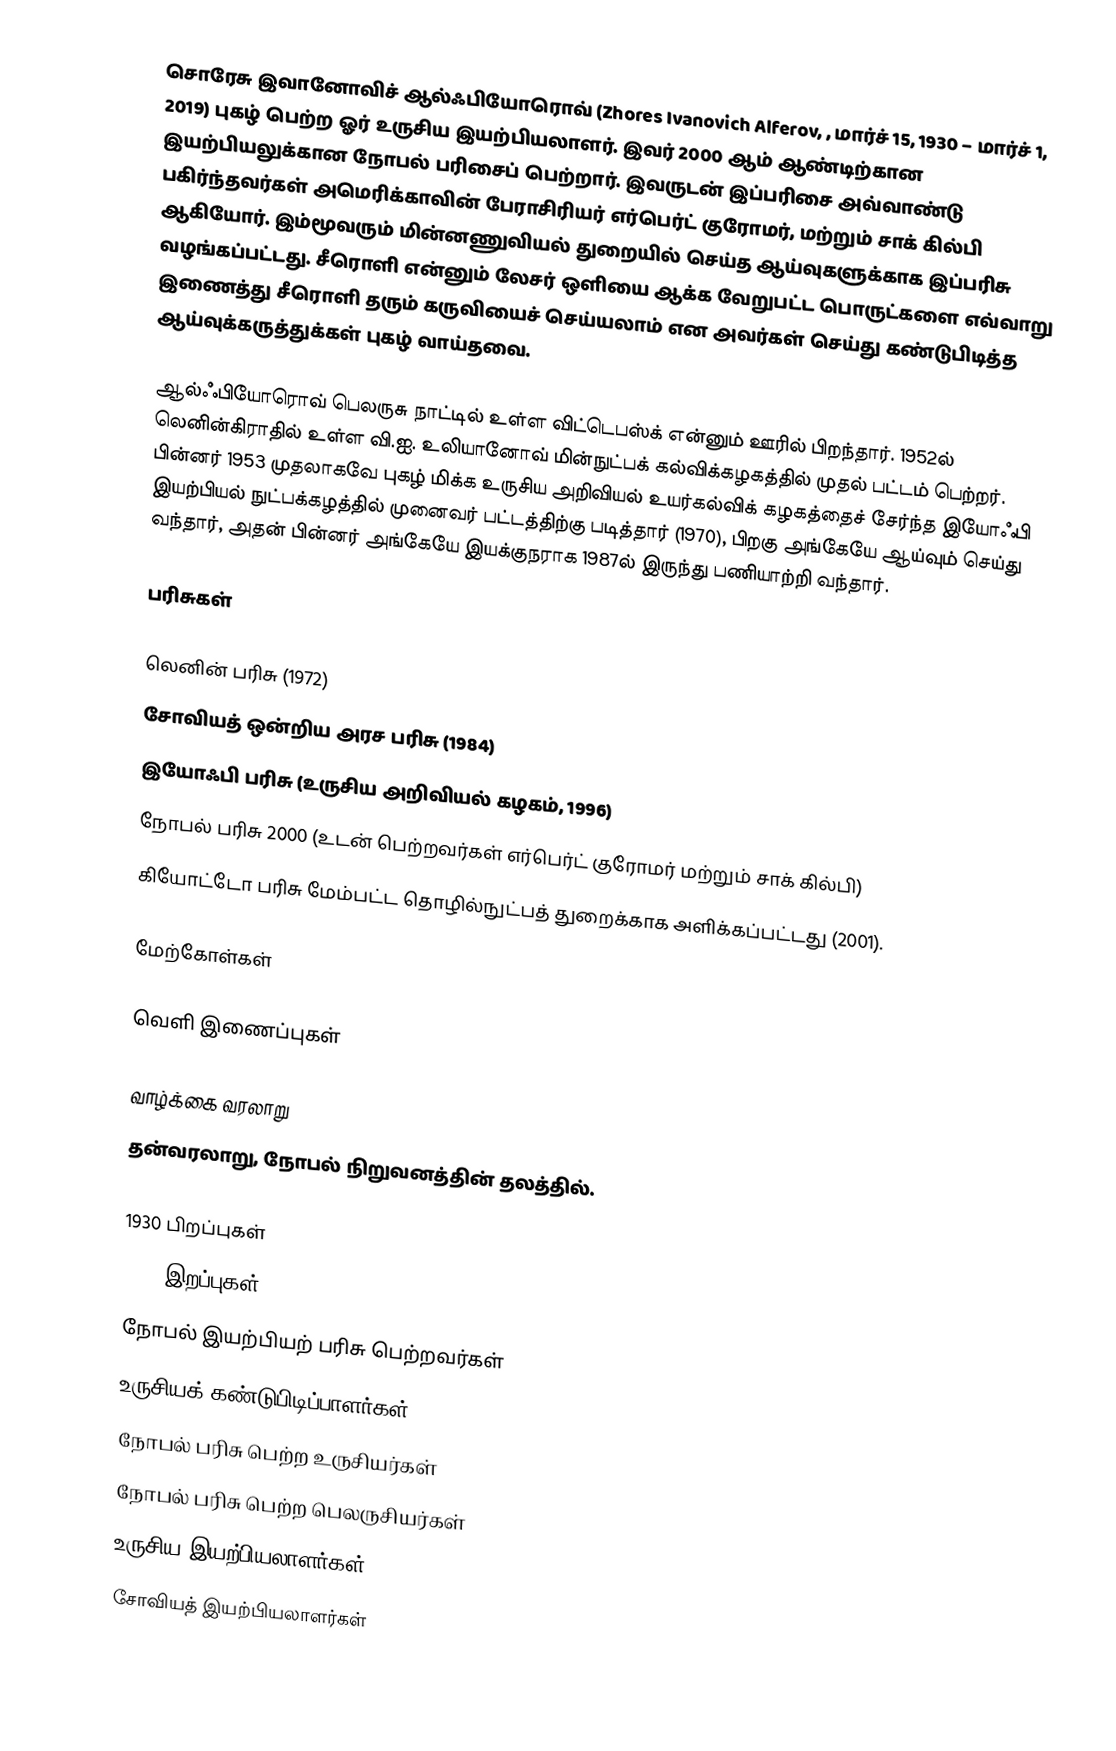
சொரேசு இவானோவிச் ஆல்ஃபியோரொவ் (Zhores Ivanovich Alferov, , மார்ச் 15, 1930 – மார்ச் 1, 2019) புகழ் பெற்ற ஓர் உருசிய இயற்பியலாளர். இவர் 2000 ஆம் ஆண்டிற்கான இயற்பியலுக்கான நோபல் பரிசைப் பெற்றார். இவருடன் இப்பரிசை அவ்வாண்டு பகிர்ந்தவர்கள் அமெரிக்காவின் பேராசிரியர் எர்பெர்ட் குரோமர், மற்றும் சாக் கில்பி ஆகியோர். இம்மூவரும் மின்னணுவியல் துறையில் செய்த ஆய்வுகளுக்காக இப்பரிசு வழங்கப்பட்டது. சீரொளி என்னும் லேசர் ஒளியை ஆக்க வேறுபட்ட பொருட்களை எவ்வாறு இணைத்து சீரொளி தரும் கருவியைச் செய்யலாம் என அவர்கள் செய்து கண்டுபிடித்த ஆய்வுக்கருத்துக்கள் புகழ் வாய்தவை.

ஆல்ஃபியோரொவ் பெலருசு நாட்டில் உள்ள விட்டெபஸ்க் என்னும் ஊரில் பிறந்தார். 1952ல் லெனின்கிராதில் உள்ள வி.ஐ. உலியானோவ் மின்நுட்பக் கல்விக்கழகத்தில் முதல் பட்டம் பெற்றர். பின்னர் 1953 முதலாகவே புகழ் மிக்க உருசிய அறிவியல் உயர்கல்விக் கழகத்தைச் சேர்ந்த இயோஃபி இயற்பியல் நுட்பக்கழத்தில் முனைவர் பட்டத்திற்கு படித்தார் (1970), பிறகு அங்கேயே ஆய்வும் செய்து வந்தார், அதன் பின்னர் அங்கேயே இயக்குநராக 1987ல் இருந்து பணியாற்றி வந்தார்.

பரிசுகள்

 லெனின் பரிசு (1972)
 சோவியத் ஒன்றிய அரச பரிசு (1984)
 இயோஃபி பரிசு (உருசிய அறிவியல் கழகம், 1996)
 நோபல் பரிசு 2000 (உடன் பெற்றவர்கள் எர்பெர்ட் குரோமர் மற்றும் சாக் கில்பி)
 கியோட்டோ பரிசு மேம்பட்ட தொழில்நுட்பத் துறைக்காக அளிக்கப்பட்டது (2001).

மேற்கோள்கள்

வெளி இணைப்புகள்

 வாழ்க்கை வரலாறு
 தன்வரலாறு, நோபல் நிறுவனத்தின் தலத்தில்.

1930 பிறப்புகள்
2019 இறப்புகள்
நோபல் இயற்பியற் பரிசு பெற்றவர்கள்
உருசியக் கண்டுபிடிப்பாளர்கள்
நோபல் பரிசு பெற்ற உருசியர்கள்
நோபல் பரிசு பெற்ற பெலருசியர்கள்
உருசிய இயற்பியலாளர்கள்
சோவியத் இயற்பியலாளர்கள்